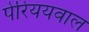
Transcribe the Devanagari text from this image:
पेरिययवाल